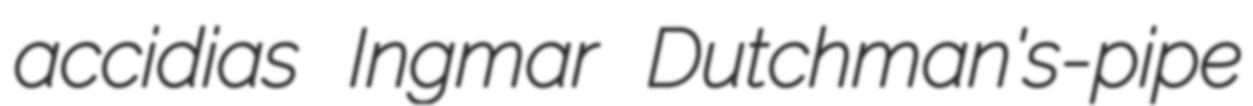
accidias Ingmar Dutchman's-pipe